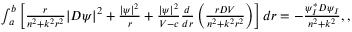
\begin{array} { r } { \int _ { a } ^ { b } \left[ \frac { r } { n ^ { 2 } + k ^ { 2 } r ^ { 2 } } | D \psi | ^ { 2 } + \frac { | \psi | ^ { 2 } } { r } + \frac { | \psi | ^ { 2 } } { V - c } \frac { d } { d r } \left( \frac { r D V } { n ^ { 2 } + k ^ { 2 } r ^ { 2 } } \right) \right] d r = - \frac { \psi _ { I } ^ { * } D \psi _ { I } } { n ^ { 2 } + k ^ { 2 } } , , } \end{array}